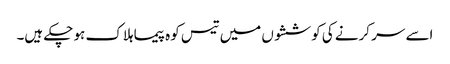
اسے سر کرنے کی کوششوں میں تیس کوہ پیما ہلاک ہو چکے ہیں۔